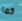
كما